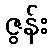
ဇွန်း